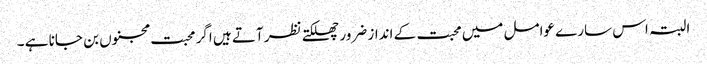
البتہ اس سارے عوامل میں محبت کے انداز ضرور چھلکتے نظر آتے ہیں اگر محبت مجنوں بن جانا ہے ۔